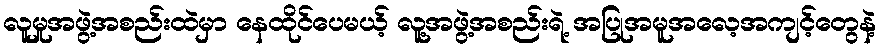
လူမှုအဖွဲ့အစည်းထဲမှာ နေထိုင်ပေမယ့် လူ့အဖွဲ့အစည်းရဲ့ အပြုအမူအလေ့အကျင့်တွေနဲ့